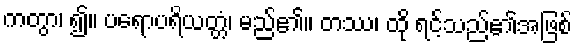
ကတွာ၊ ၍။ ပရောပရိယတ္တံ၊ မည်၏။ တဿ၊ ထို ရင့်သည်၏အဖြစ်